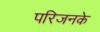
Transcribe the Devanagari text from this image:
परिजनके